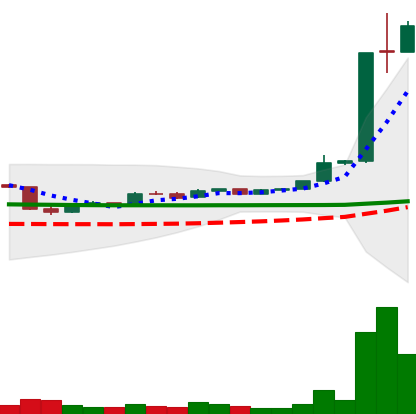
Ticker: LTC-USD
Chart end date: 2015-06-18
Forward return: -3.895%
Label: down_3_5